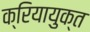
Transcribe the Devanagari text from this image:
क्रियायुक्त